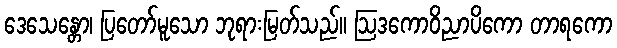
ဒေသေန္တော၊ ပြတော်မူသော ဘုရားမြတ်သည်။ ဩဒကောဝိညာပိကော တာရကော